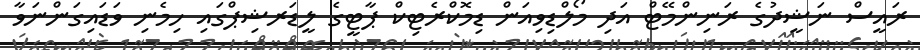
ރައީސް ނަޝީދުގެ ރަނިންމޭޓް އަދި މޯލްޑިވިއަން ޑިމޮކްރެޓިކް ޕާޓީގެ ލީޑަރޝިޕްގައި ހިމެނި ވަޑައިގަންނަވާ